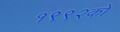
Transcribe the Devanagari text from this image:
१९९२को